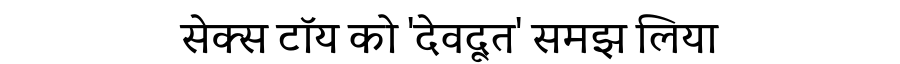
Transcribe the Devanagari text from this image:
सेक्स टॉय को 'देवदूत' समझ लिया